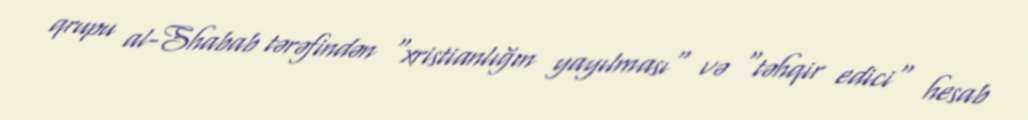
qrupu al-Shabab tərəfindən "xristianlığın yayılması" və "təhqir edici" hesab